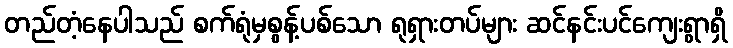
တည်တံ့နေပါသည် စက်ရုံမှစွန့်ပစ်သော ရုရှားတပ်များ ဆင်နင်းပင်ကျေးရွာရှိ